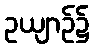
ဥယျာဉ်၌